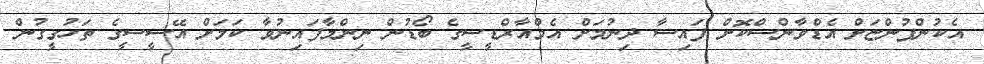
އެކުންފުންޏަށް އެޑްވާންސްކޮށް ފައިސާ ދިނުމަށް އެމްއާރްޑީސީގެ ބޯޑުން ނިންމާފައިނުވާ ކަމަށް އޭސީސީގެ ތަހުގީގުން